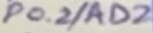
Text: P0.2/AD2